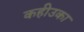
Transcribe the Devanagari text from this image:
कहीउका